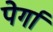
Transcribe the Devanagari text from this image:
पेर्गा